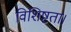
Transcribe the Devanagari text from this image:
विशिष्टता।